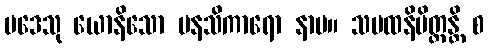
ပဒေသု ယောနိသော မနသိကာရော နာမ။ သမထနိမိတ္တန္တိ စ